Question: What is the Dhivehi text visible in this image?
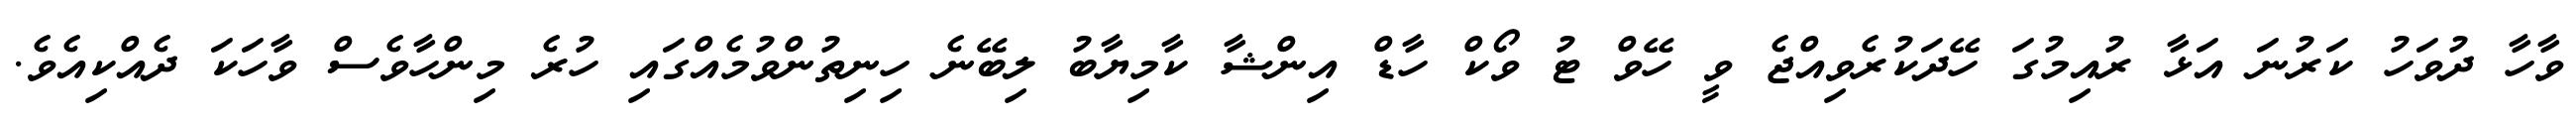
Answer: ވާހާ ދުވަހު ކަރުނަ އަޅާ ރުއިމުގަ ހޭދަކުރެވިއްޖެ ވީ ހޭވް ޓު ވޯކް ހާޑް އިންޝާ ކާމިޔާބު ލިބޭނެ ހިނިތުންވުމެއްގައި ހުރެ މިންހާވެސް ވާހަކަ ދެއްކިއެވެ.